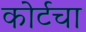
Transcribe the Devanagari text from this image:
कोर्टचा